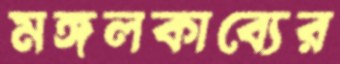
মঙ্গলকাব্যের